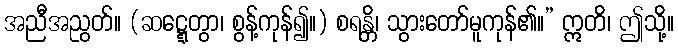
အညီအညွတ်။ (ဆဋ္ဋေတွာ၊ စွန့်ကုန်၍။) စရန္တိ၊ သွားတော်မူကုန်၏။” ဣတိ၊ ဤသို့။